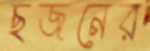
ছজনের